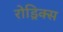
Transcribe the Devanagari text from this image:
रोड्रिक्स